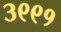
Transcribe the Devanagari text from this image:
३९९१